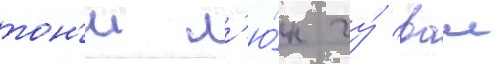
тон'и л'ю́н чу́ ваи